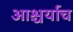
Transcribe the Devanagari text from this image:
आश्चर्याच